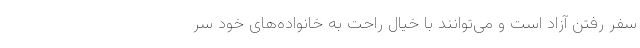
سفر رفتن آزاد است و می‌توانند با خیال راحت به خانواده‌های خود سر